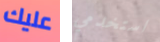
عليك استخدمي